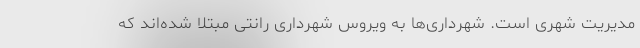
مدیریت شهری است. شهرداری‌ها به ویروس شهرداری رانتی مبتلا شده‌اند که